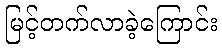
မြင့်တက်လာခဲ့ကြောင်း